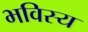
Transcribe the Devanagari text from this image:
भविस्य